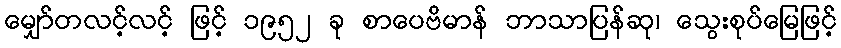
မျှော်တလင့်လင့် ဖြင့် ၁၉၅၂ ခု စာပေဗိမာန် ဘာသာပြန်ဆု၊ သွေးစုပ်မြေဖြင့်